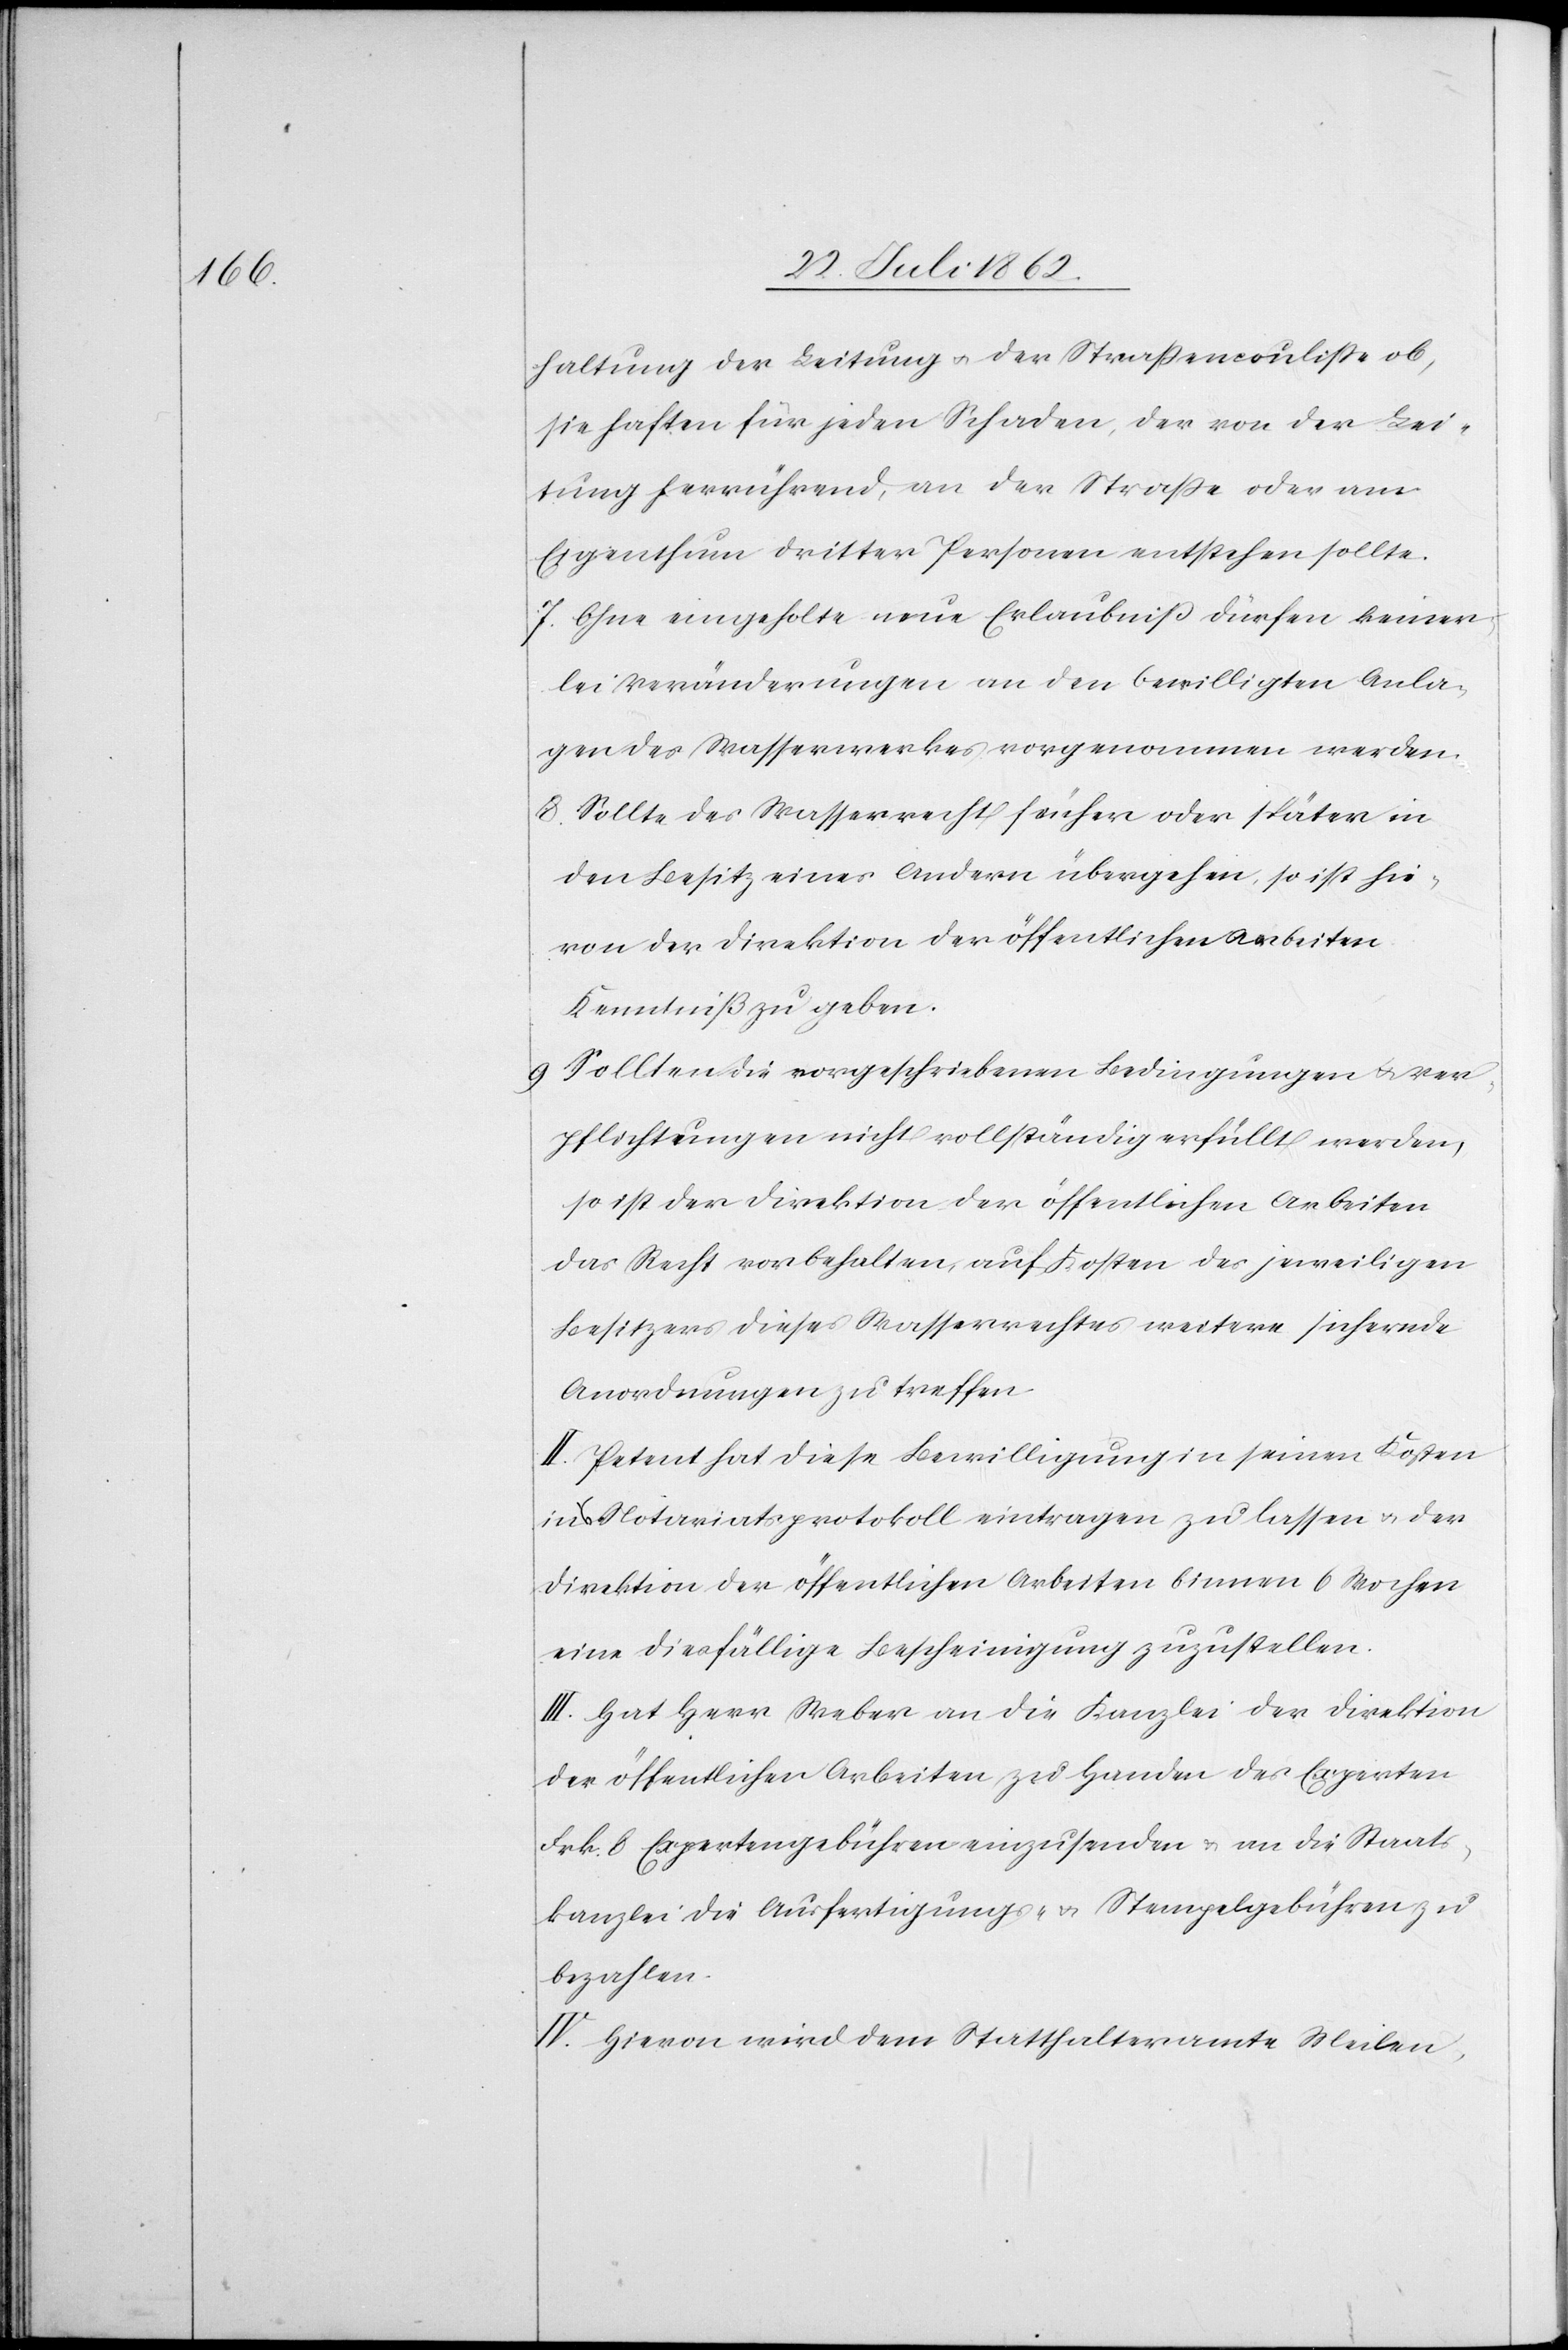
haltung der Leitung u. der Straßencouliße ob,
sie haften für jeden Schaden, der von der Lei¬
tung herrührend, an der Straße oder am
Eigenthum dritter Personen entstehen sollte.
7. Ohne eingeholte neue Erlaubniß dürfen keiner¬
lei Veränderungen an den bewilligten Anla¬
gen des Wasserwerkes vorgenommen werden.
8. Sollte das Wasserrecht früher oder später in
den Besitz eines Andern übergehen, so ist hie¬
von der Direktion der öffentlichen Arbeiten
Kenntniß zu geben.
9. Sollten die vorgeschriebenen Bedingungen u. Ver¬
pflichtungen nicht vollständig erfüllt werden,
so ist der Direktion der öffentlichen Arbeiten
das Recht vorbehalten, auf Kosten des jeweiligen
Besitzers dieses Wasserrechtes weitere sichernde
Anordnungen zu treffen.
II. Petent hat diese Bewilligung in seinen Kosten
Notariatsprotokoll eintragen zu lassen u. der
Direktion der öffentlichen Arbeiten binnen 6 Wochen
eine diesfällige Bescheinigung zuzustellen.
III. Hat Herr Weber an die Kanzlei der Direktion
der öffentlichen Arbeiten zu Handen des Experten
Frk. 8 Expertengebühren einzusenden u. an die Staats¬
kanzlei die Ausfertigungs- u. Stempelgebühren zu
bezahlen.
IV. Hievon wird dem Statthalteramte Meilen,